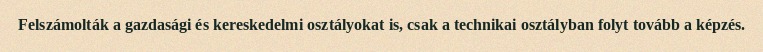
Felszámolták a gazdasági és kereskedelmi osztályokat is, csak a technikai osztályban folyt tovább a képzés.